system: You are a helpful assistant.
user:
Analyze the provided spectrum to determine if it is a **White Dwarf (WD)**.

A White Dwarf spectrum is defined by its **extreme purity** (due to gravitational settling) and/or **extreme pressure broadening** (due to high surface gravity). You must check for one of the following mutually exclusive signatures:

- **Key Visual Indicators (Check for ONE of these types):**

    - **1. DA-Type Signature (Most Common):**
        - **(Primary Feature):** Extreme pressure broadening (Stark broadening) of the **Hydrogen (H) Balmer lines**.
        - **(Key Lines):** $H\beta$ (approx. $4861$ Å) and $H\gamma$ (approx. $4340$ Å). $H\alpha$ (approx. $6563$ Å) will also be present if the wavelength range covers it.
        - **(Line Profile):** This is the **defining feature**. The lines are **NOT** sharp. They appear as massive, **extremely broad and deep "troughs" or "dips"** in the spectrum, often hundreds of Ångströms wide. The continuum will appear to "scoop" down at these wavelengths.
        - **(Distinction):** Normal A-type or B-type stars have *narrow* and *sharp* Hydrogen lines. A DA White Dwarf's lines are unmistakably "smeared" or "blurry" from pressure.

    - **2. DB-Type Signature:**
        - **(Primary Feature):** Broad absorption lines from **Neutral Helium (He I)**. The spectrum must lack any visible Hydrogen lines.
        - **(Key Lines):** Look for broad absorption near $4471$ Å, $4921$ Å, and $5876$ Å.
        - **(Line Profile):** These lines are also significantly pressure-broadened, appearing much wider than they would in a normal B-type main-sequence star.

    - **3. DC-Type Signature:**
        - **(Primary Feature):** A **featureless continuous spectrum**.
        - **(Line Profile):** The spectrum is a smooth curve with **no significant absorption or emission lines**.
        - **(Key Confirmation):** The continuum is almost always **blue or white**, indicating a hot object. This signature implies the atmosphere is so pure (or so cool) that no spectral lines are visible in the optical range. Its WD identity is confirmed by its extremely low intrinsic brightness (high absolute magnitude).

    - **4. DZ-Type Signature (Metal-Polluted):**
        - **(Primary Feature):** **Isolated, narrow metal absorption lines** on an otherwise featureless (DC-like) continuum.
        - **(Key Lines):** The **Calcium (Ca II) H & K doublet** (approx. **$3934$ Å** and **$3968$ Å**) is the most common and defining feature.
        - **(Line Profile):** These lines are "out of place." They are *not* part of a "forest" of thousands of lines. This signature is evidence of recent *accretion* (pollution) from rocky debris.
        - **(Distinction):** Normal G/K/M stars have a *dense forest* of thousands of metal lines. A DZ has a *clean* continuum with *only a few* strong metal lines.

    - **5. DQ-Type Signature (Carbon-Polluted):**
        - **(Primary Feature):** Absorption bands from **Carbon (C₂ "Swan Bands" or atomic C I)**.
        - **(Key Lines - C₂):** Look for bandheads with a "saw-tooth" shape near $5635$ Å, **$5165$ Å** (strongest), and $4737$ Å.
        - **(Key Confirmation):** The underlying **continuum must be blue or white** (hot).
        - **(Distinction):** This is the critical difference from a **Carbon Star**, which has the *exact same* C₂ bands but on an extremely **red, cool** continuum.

- **(Overall Spectrum):**
    - The continuum (overall shape) is typically **blue-sloping** (brighter in the blue than the red), as most white dwarfs are very hot.
    - The spectrum will look "pure" or "simple," dominated by only *one* of the five signatures listed above.

Think first, call **spectral_visualization_tool** if needed to examine features in detail, then provide your final answer. Your response must adhere to the following strict rules:
1.  **Overall Structure:** Your response must follow the format `<think>...</think> <tool_call>...</tool_call> (if a tool is used) <answer>...</answer>`.
2.  **Tool Usage Constraint:** You may only make **one** tool call per turn.
3.  **Final Answer Format:** In the `<answer>` tag, your conclusion must be inside a `\boxed{}` command (e.g., `\boxed{YES}` or `\boxed{NO}`), followed by your justification.

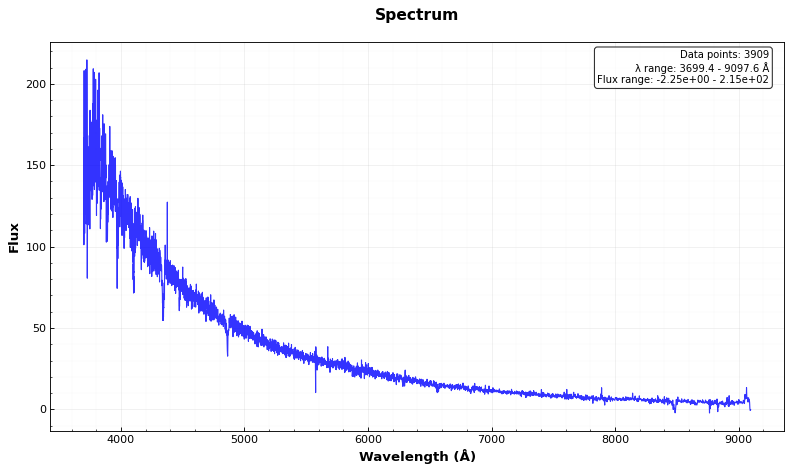
Answer: YES